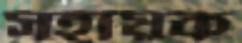
সহায়ক